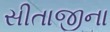
સીતાજીના